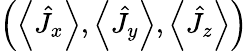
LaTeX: \left(\left\langle\hat{J}_{x}\right\rangle,\left\langle\hat{J}_{y}\right\rangle,\left\langle\hat{J}_{z}\right\rangle\right)